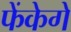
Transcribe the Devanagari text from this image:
फेंकेगे